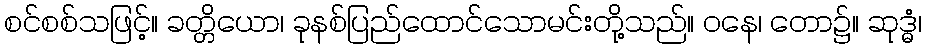
စင်စစ်သဖြင့်။ ခတ္တိယော၊ ခုနစ်ပြည်ထောင်သောမင်းတို့သည်။ ဝနေ၊ တော၌။ ဆုဒ္ဓံ၊